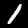
Label: 1